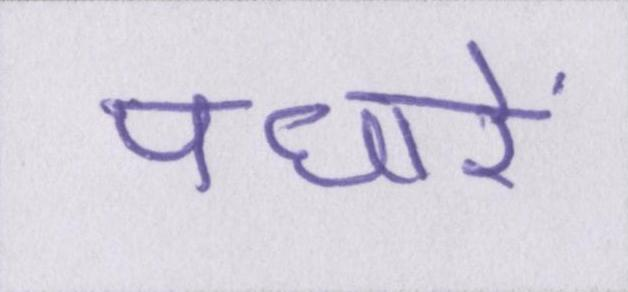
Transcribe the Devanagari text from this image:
पधारें